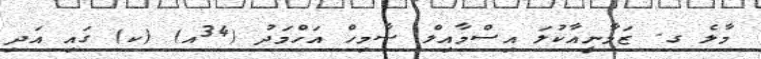
މާލެ ގ. ޒަމާނީއާކުލަ އިސްމާއިލް ސާމިހް އަހްމަދު (34އ) (ކ) ގައި އަދި